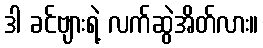
ဒါ ခင်ဗျားရဲ့ လက်ဆွဲအိတ်လား။